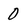
Character: 0